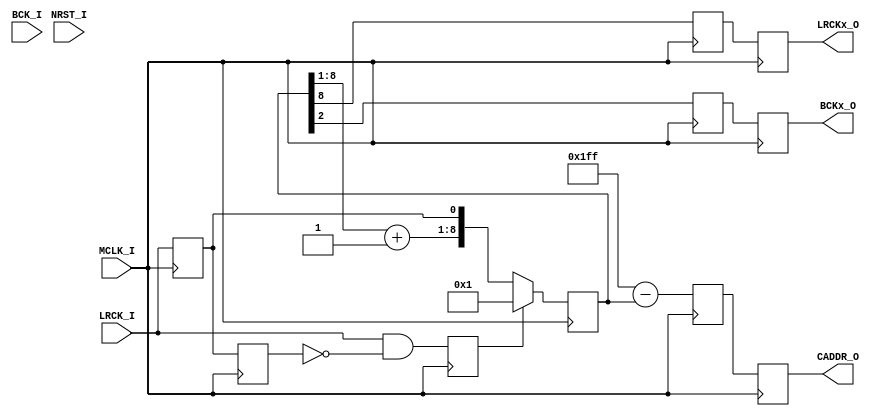
/*-----------------------------------------------------------------------------
* SPROM_CONT.v
*
* Single Port ROM Controller to Output Filter Coefficients.
*
* Version: 0.18
*
* Port
*   Input
*       MCLK_I        : Master Clock Input
*       BCK_I         : Bit CLock Input
*       LRCK_I        : LR Clock Input
*       NRST_I        : Reset Input (Active Low)
*
*   Output
*       CADDR_O       : Coefficient Address Output
*       LRCKx_O       : Oversampled LRCK Output
*       BCKx_O        : Oversampled BCK Output
*
*   Parameter
*       ROM_ADDR_WIDTH:  Address Width, Default: 9 (511 - 0)
*
* License
--------------------------------------------------------------------------------
| Copyright AUDIY 2023.                                                        |
|                                                                              |
| This source describes Open Hardware and is licensed under the CERN-OHL-W v2. |
|                                                                              |
| You may redistribute and modify this source and make products using it under |
| the terms of the CERN-OHL-W v2 (https:/cern.ch/cern-ohl).                    |
|                                                                              |
| This source is distributed WITHOUT ANY EXPRESS OR IMPLIED WARRANTY,          |
| INCLUDING OF MERCHANTABILITY, SATISFACTORY QUALITY AND FITNESS FOR A         |
| PARTICULAR PURPOSE. Please see the CERN-OHL-W v2 for applicable conditions.  |
|                                                                              |
| Source location: https://github.com/AUDIY/FIR_x2                             |
|                                                                              |
| As per CERN-OHL-W v2 section 4.1, should You produce hardware based on these |
| sources, You must maintain the Source Location visible on the external case  |
| of the FIR_x2 or other products you make using this source.                  |
--------------------------------------------------------------------------------
*
-----------------------------------------------------------------------------*/

module SPROM_CONT #(
    /* Parameter Definition */
    parameter ROM_ADDR_WIDTH = 9 // Default: 9bits (511 - 0)
)
(
    /* Input Definition */
    input  wire MCLK_I,
    input  wire BCK_I,
    input  wire LRCK_I,
    input  wire NRST_I, // Active Low

    /* Output Definition */
    output wire [ROM_ADDR_WIDTH-1:0] CADDR_O,
    output wire                      LRCKx_O, // Added 2023/08/12
    output wire                      BCKx_O   // Added 2023/09/03
);

    /* Internal Wire/Register Definition */
    reg BCK_REG_P  = 1'b0;
    reg BCK_REG_N  = 1'b0;
    reg LRCK_REG_P = 1'b0;
    reg LRCK_REG_N = 1'b0;

    reg WEN_REG_P = 1'b0;
    reg WEN_REG_N = 1'b0;

    reg NRST_REG_P = 1'b1;

    reg [ROM_ADDR_WIDTH-1:0] CADDR_REG = {ROM_ADDR_WIDTH{1'b0}};

    reg [ROM_ADDR_WIDTH-1:0] CADDR_REG_P = {ROM_ADDR_WIDTH{1'b0}};
    reg [ROM_ADDR_WIDTH-1:0] CADDR_REG_N = {ROM_ADDR_WIDTH{1'b0}};
    reg                      LRCKx_REG_P = 1'b0;
    reg                      LRCKx_REG_N = 1'b0;
    reg                      BCKx_REG_P  = 1'b0;
    reg                      BCKx_REG_N  = 1'b0;

    /* RTL */
    always @ (posedge MCLK_I) begin
        /* Read BCK & LRCK */
        BCK_REG_P  <= BCK_I;
        LRCK_REG_P <= LRCK_I;

        /* Synthesize NRST_I */
        NRST_REG_P <= NRST_I;

        /* Judge Write Enable */
        WEN_REG_P <= LRCK_I & ~LRCK_REG_N;

        /* Output Pipeline with positive edge. (2023/11/08) */
        CADDR_REG_P <= {ROM_ADDR_WIDTH{1'b1}} - CADDR_REG;
        LRCKx_REG_P <= CADDR_REG[ROM_ADDR_WIDTH-1];
        BCKx_REG_P  <= (ROM_ADDR_WIDTH >= 8) ? CADDR_REG[ROM_ADDR_WIDTH-7] : 1'b0;
    end

    always @ (negedge MCLK_I) begin
        /* 1 MCLK cycle Delay */
        BCK_REG_N  <= BCK_REG_P;
        LRCK_REG_N <= LRCK_REG_P;

        /* Update Adress */
        if (WEN_REG_P == 1'b1) begin
            /* Change Initial Address (2023/11/25) */
            CADDR_REG <= {ROM_ADDR_WIDTH{1'b0}} + 1'b1;
        end else begin
            /* Jump Address */
            // LRCK_REG_N == 1'b1: Odd Address.
            // LRCK_REG_N == 1'b0: Even Address.
            /* Change Odd & Even (2023/11/25) */
            CADDR_REG <= {(CADDR_REG[ROM_ADDR_WIDTH-1:1] + 1'b1), LRCK_REG_P};
        end

        WEN_REG_N <= WEN_REG_P;

        /* Output Pipeline with negative edge. (2023/11/08) */
        CADDR_REG_N <= CADDR_REG_P;
        LRCKx_REG_N <= LRCKx_REG_P;
        BCKx_REG_N  <= BCKx_REG_P;
    end

    /* Output Assign (Changed 2023/11/08) */
    assign CADDR_O = CADDR_REG_N;
    assign LRCKx_O = LRCKx_REG_N;
    assign BCKx_O  = (ROM_ADDR_WIDTH >= 7) ? BCKx_REG_N : MCLK_I; // Change BCK Generation (2023/11/26)

endmodule